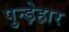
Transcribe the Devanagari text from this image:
पुन्ड़ेहार